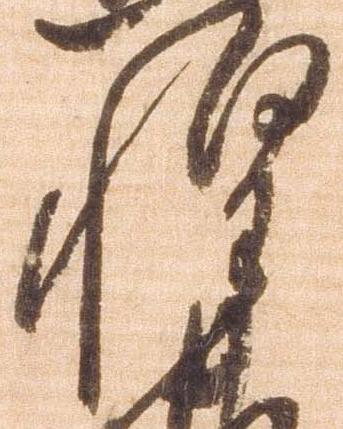
惶